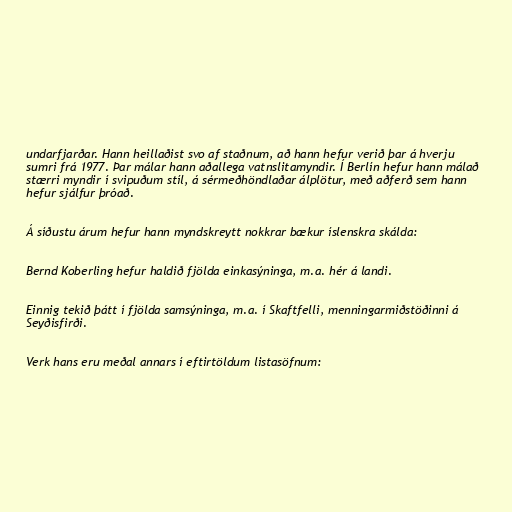
undarfjarðar. Hann heillaðist svo af staðnum, að hann hefur verið þar á hverju
sumri frá 1977. Þar málar hann aðallega vatnslitamyndir. Í Berlín hefur hann málað
stærri myndir í svipuðum stíl, á sérmeðhöndlaðar álplötur, með aðferð sem hann
hefur sjálfur þróað.

Á síðustu árum hefur hann myndskreytt nokkrar bækur íslenskra skálda:

Bernd Koberling hefur haldið fjölda einkasýninga, m.a. hér á landi.

Einnig tekið þátt í fjölda samsýninga, m.a. í Skaftfelli, menningarmiðstöðinni á
Seyðisfirði.

Verk hans eru meðal annars í eftirtöldum listasöfnum: